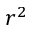
r ^ { 2 }